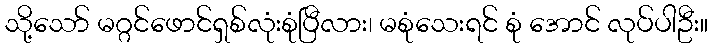
သို့သော် မဂ္ဂင်ဖောင်ရှစ်လုံးစုံပြီလား၊ မစုံသေးရင် စုံ အောင် လုပ်ပါဦး။